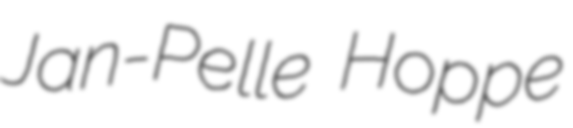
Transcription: Jan-Pelle Hoppe